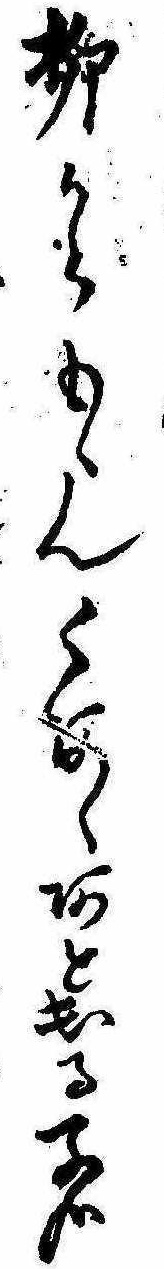
柳からもゝんくあゝあと出る子哉